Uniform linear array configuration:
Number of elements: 4
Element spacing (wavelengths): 1
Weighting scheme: hann
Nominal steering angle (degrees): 30
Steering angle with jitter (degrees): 29.592
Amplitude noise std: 0.05
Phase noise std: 0.05

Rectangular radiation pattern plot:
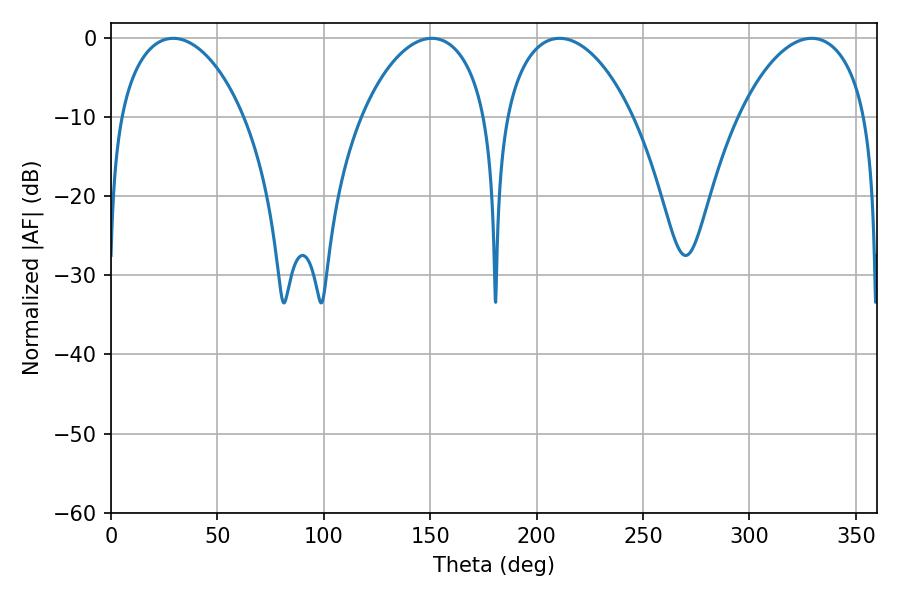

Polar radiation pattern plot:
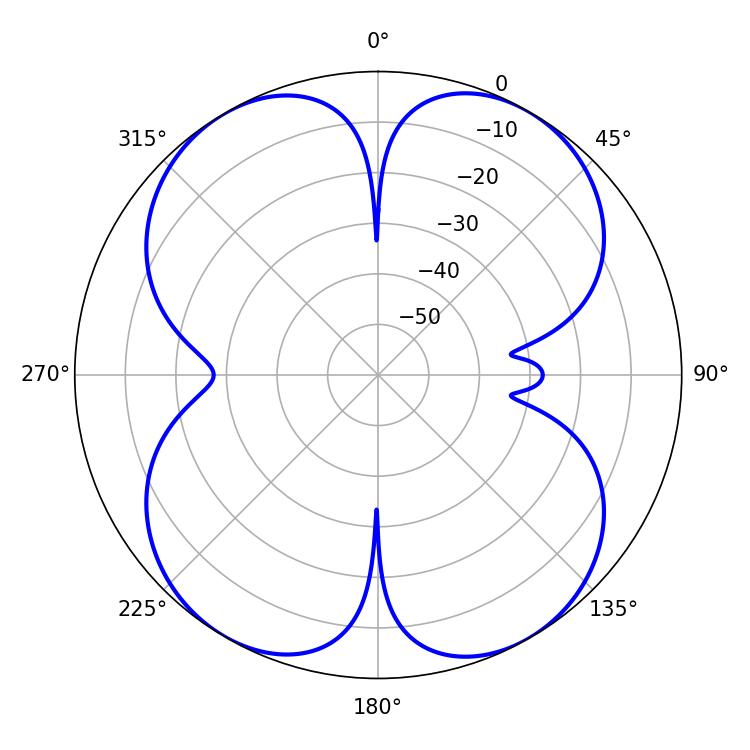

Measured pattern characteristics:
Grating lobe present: TRUE
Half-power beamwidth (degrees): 34.2
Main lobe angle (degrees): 210.78